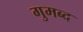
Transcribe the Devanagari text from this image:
गुमब्द